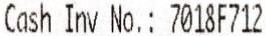
CASH INV NO.: 7018F712